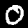
Digit: 0